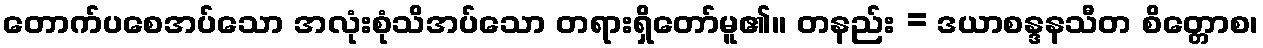
တောက်ပစေအပ်သော အလုံးစုံသိအပ်သော တရားရှိတော်မူ၏။ တနည်း = ဒယာစန္ဒနသီတ စိတ္တောစ၊